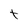
Character: t